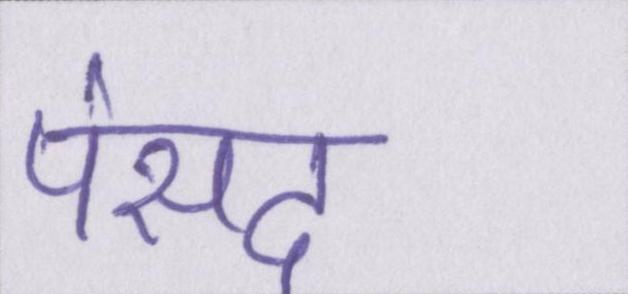
पंसद